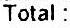
TOTAL :